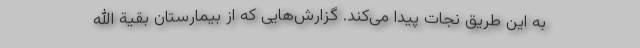
به این طریق نجات پیدا می‌کند. گزارش‌هایی که از بیمارستان بقیة الله